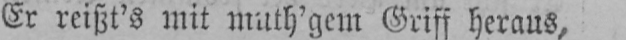
Er reißt’s mit muth’gem Griff heraus,